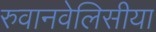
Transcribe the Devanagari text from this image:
रुवानवेलिसीया